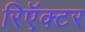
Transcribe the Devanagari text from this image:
रिऍक्टर